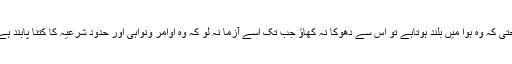
حتی کہ وہ ہوا میں بلند ہوتاہے تو اس سے دھوکا نہ کھاؤ جب تک اسے آزما نہ لو کہ وہ اوامر ونواہی اور حدود شرعیہ کا کتنا پابند ہے۔